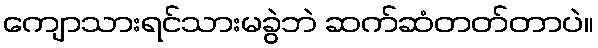
ကျောသားရင်သားမခွဲဘဲ ဆက်ဆံတတ်တာပဲ။